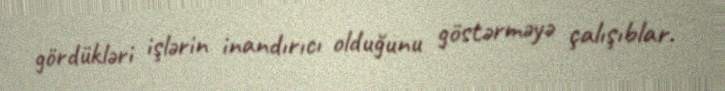
gördükləri işlərin inandırıcı olduğunu göstərməyə çalışıblar.